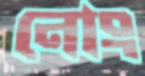
নোং